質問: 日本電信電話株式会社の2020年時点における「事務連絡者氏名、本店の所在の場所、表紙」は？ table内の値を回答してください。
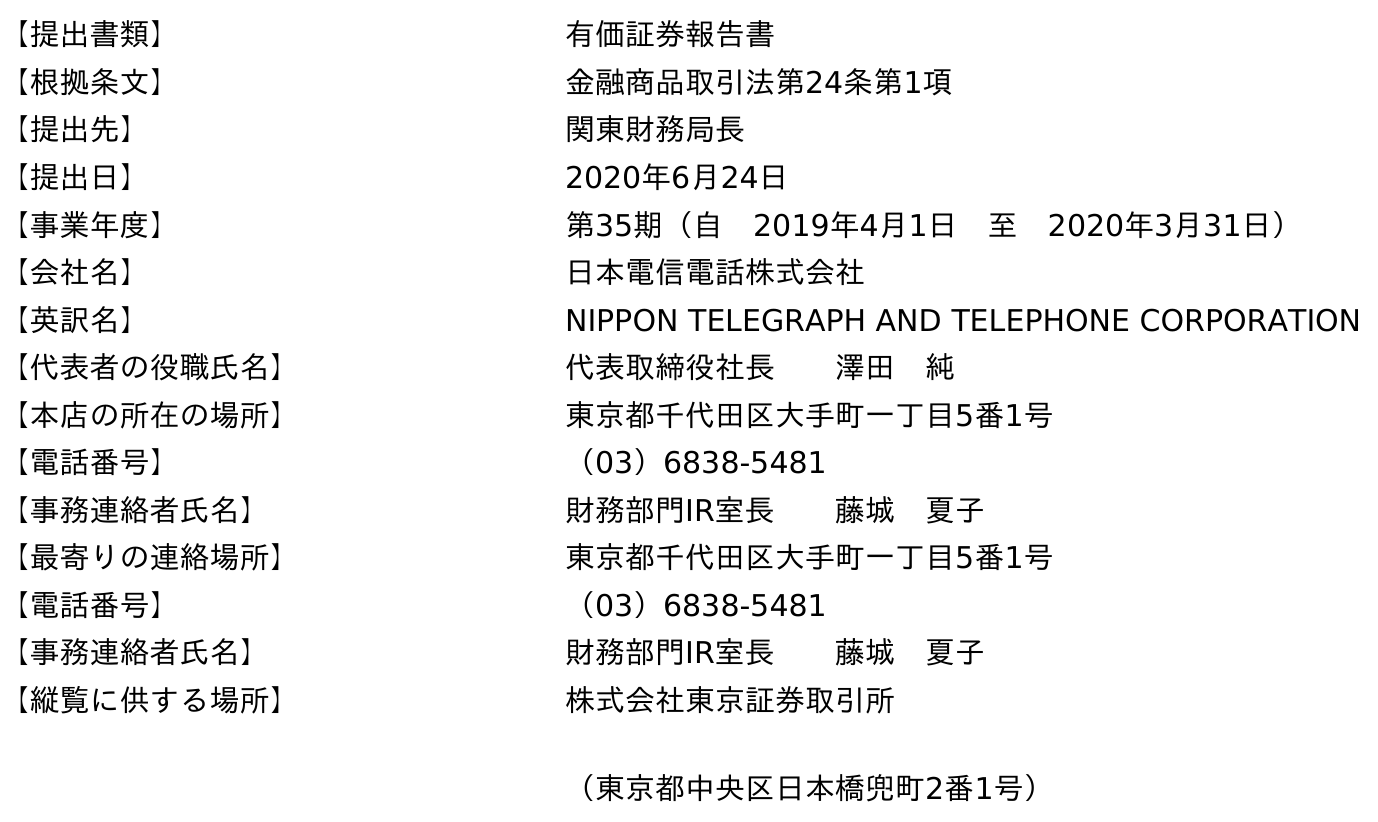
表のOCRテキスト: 【提出書類】 有価証券報告書 【根拠条文】 金融商品取引法第24条第1項 【提出先】 関東財務局長 【提出日】 2020年6月24日 【事業年度】 第35期（自 2019年4月1日 至 2020年3月31日） 【会社名】 日本電信電話株式会社 【英訳名】 NIPPON TELEGRAPH AND TELEPHONE CORPORATION 【代表者の役職氏名】 代表取締役社長  澤田 純 【本店の所在の場所】 東京都千代田区大手町一丁目5番1号 【電話番号】 （03）6838-5481 【事務連絡者氏名】 財務部門IR室長  藤城 夏子 【最寄りの連絡場所】 東京都千代田区大手町一丁目5番1号 【電話番号】 （03）6838-5481 【事務連絡者氏名】 財務部門IR室長  藤城 夏子 【縦覧に供する場所】 株式会社東京証券取引所 （東京都中央区日本橋兜町2番1号）
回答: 財務部門IR室長藤城　夏子